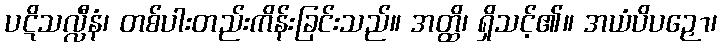
ပဋိသလ္လီနံ၊ တစ်ပါးတည်းကိန်းခြင်းသည်။ အတ္ထိ၊ ရှိသင့်၏။ အယံပိပဉှော၊